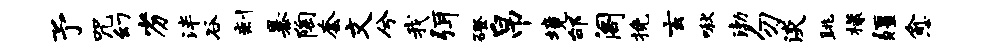
予咒幻劣泮谷剩暴陶套文兮我弭磴帛境邰阁挽玄啾渤勿淡眺檬疆愈